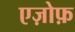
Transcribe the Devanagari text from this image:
एज़ोफ़